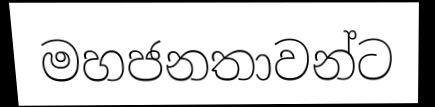
මහජනතාවන්ට